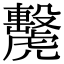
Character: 𧈗